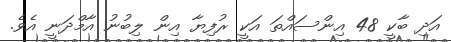
އަދި ބާކީ 48 އިންސައްތަ އަކީ ރުފިޔާ އިން ލިބުނު އާމްދަނީ އެެވެ.